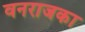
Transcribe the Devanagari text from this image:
वनराजका